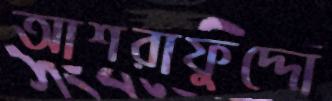
আশরাফুদ্দো